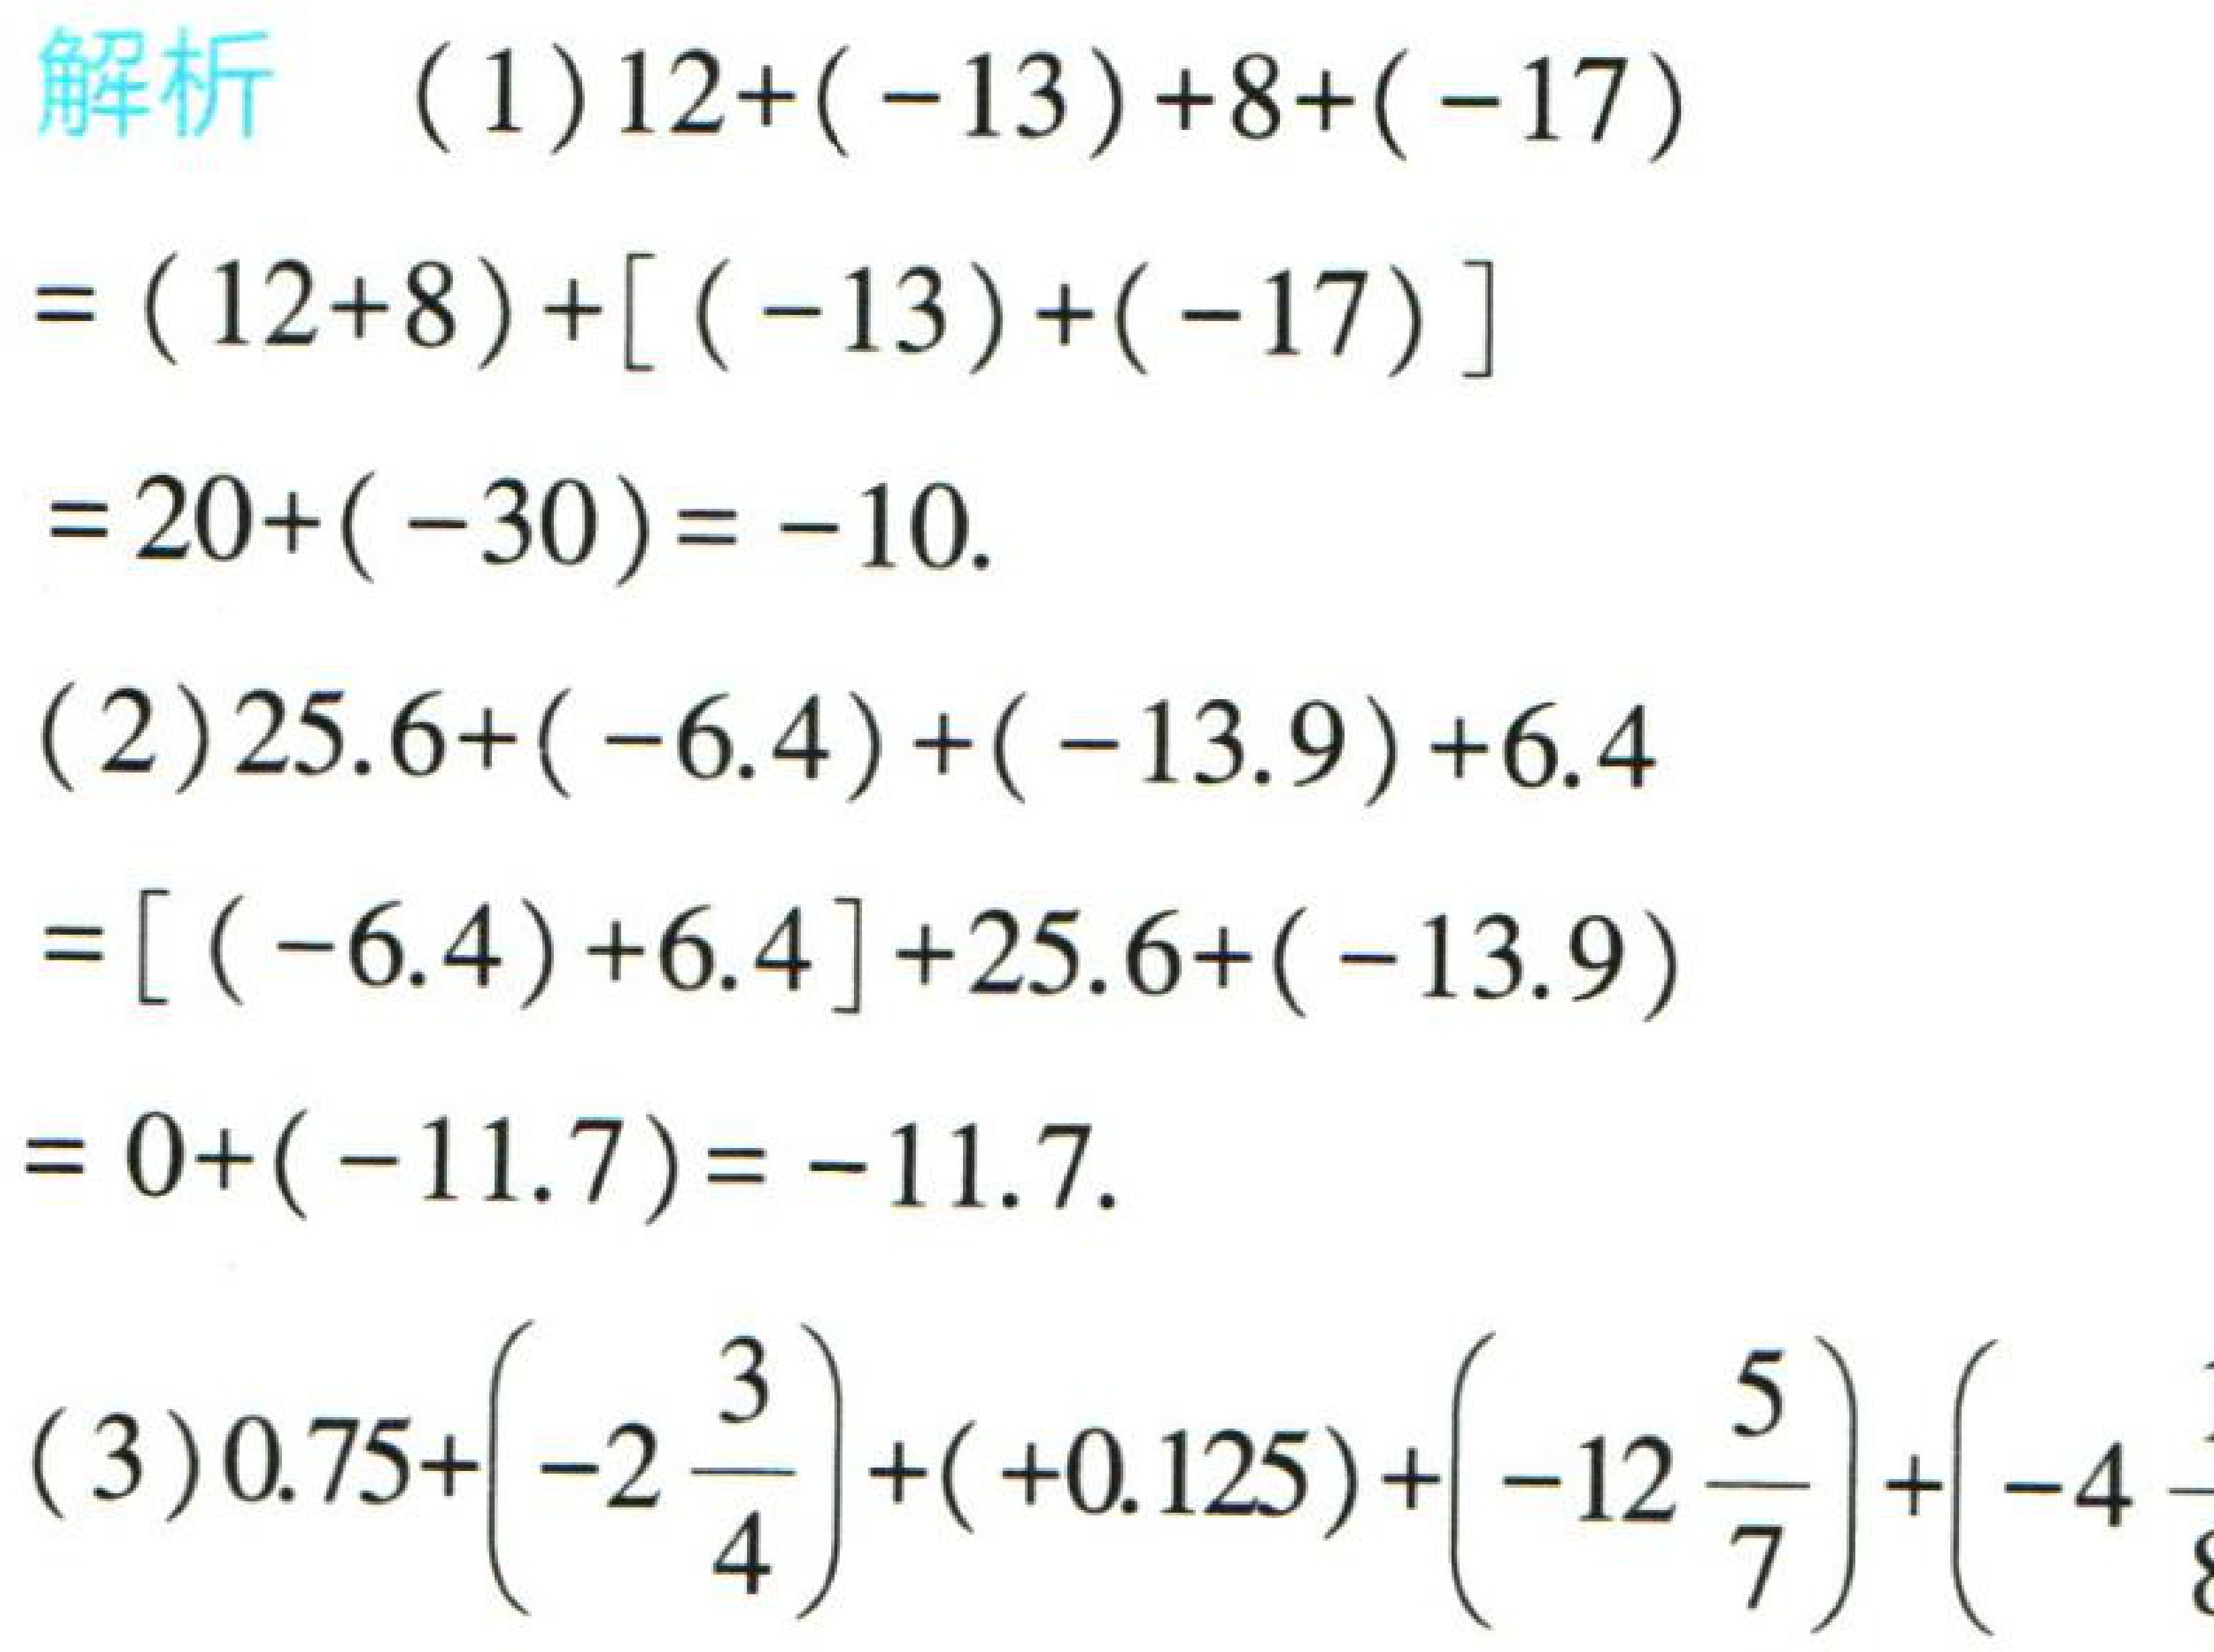
解析 （1）\(12+(-13)+8+(-17)\)
\(=(12 + 8)+[(-13)+(-17)]\)
\(=20+(-30)= -10\).
（2）\(25.6+(-6.4)+(-13.9)+6.4\)
\(=[(-6.4)+6.4]+25.6+(-13.9)\)
\(= 0+(-11.7)= -11.7\).
（3）\(0.75+\left(-2\frac{3}{4}\right)+(+0.125)+\left(-12\frac{5}{7}\right)+\left(-4\frac{}{}\right)\)